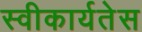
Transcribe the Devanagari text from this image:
स्वीकार्यतेस